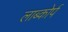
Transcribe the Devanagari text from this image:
लाब्कोर्प